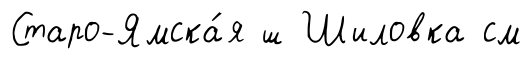
Старо-Ямска́я ш Шиловка см